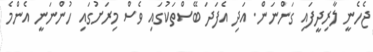
ޖެހެނީ ލާރިދީފައި ގަންނަން. އަދި އެފަދަ ބޭސްތަކުގައި ވެސް މިރަށުގައި ހުންނަނީ އެންމެ